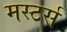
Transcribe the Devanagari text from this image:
मस्टर्स